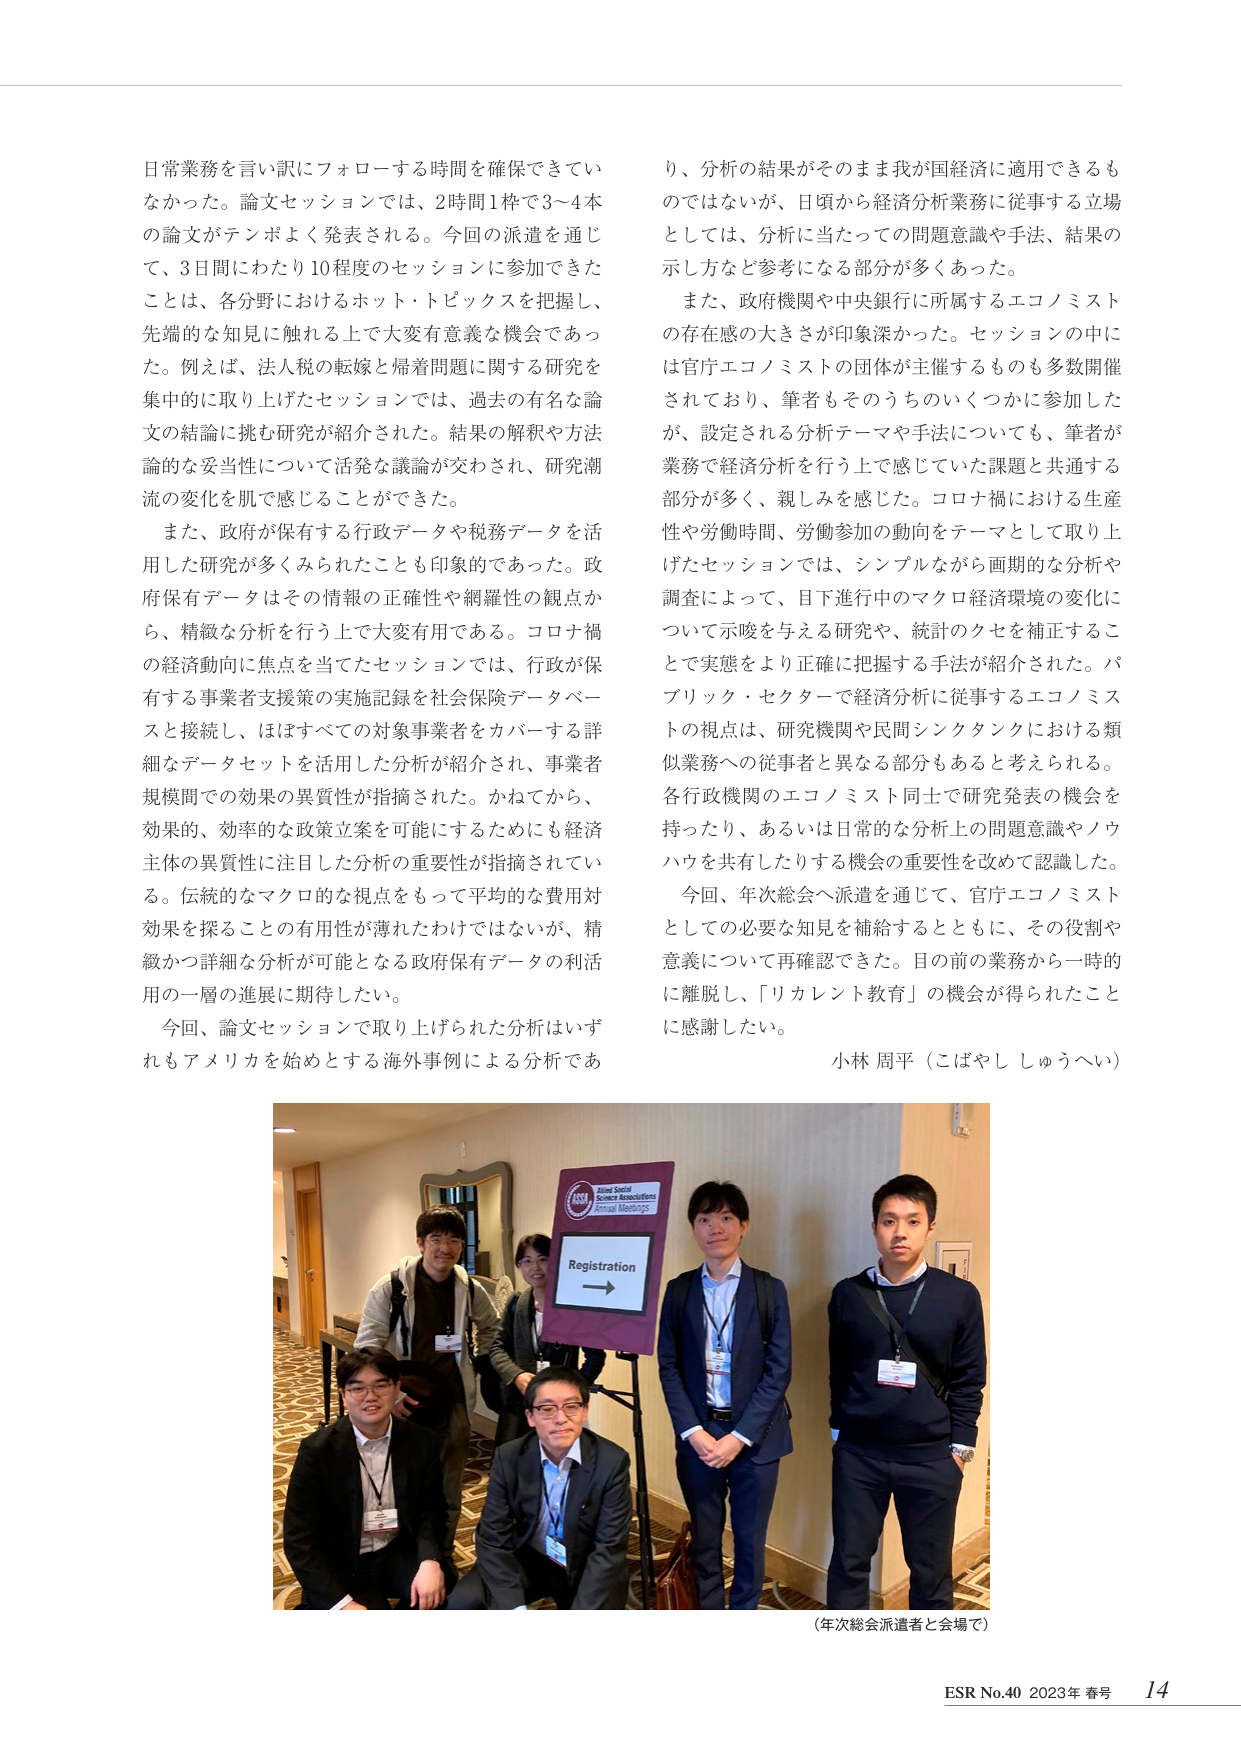
日常業務を言い訳にフォローする時間を確保できていなかった。論文セッションでは、2時間1枠で3〜4本の論文がテンポよく発表される。今回の派遣を通じて、3日間にわたり10程度のセッションに参加できたことは、各分野におけるホット・トピックスを把握し、先端的な知見に触れる上で大変有意義な機会であった。例えば、法人税の転嫁と帰着問題に関する研究を集中的に取り上げたセッションでは、過去の有名な論文の結論に挑む研究が紹介された。結果の解釈や方法論的な妥当性について活発な議論が交わされ、研究潮流の変化を肌で感じることができた。

また、政府が保有する行政データや税務データを活用した研究が多くみられたことも印象的であった。政府保有データはその情報の正確性や網羅性の観点から、精緻な分析を行う上で大変有用である。コロナ禍の経済動向に焦点を当てたセッションでは、行政が保有する事業者支援策の実施記録を社会保険データベースと接続し、ほぼすべての対象事業者をカバーする詳細なデータセットを活用した分析が紹介され、事業者規模間での効果の異質性が指摘された。かねてから、効果的、効率的な政策立案を可能にするためにも経済主体の異質性に注目した分析の重要性が指摘されている。伝統的なマクロ的な視点をもって平均的な費用対効果を探ることの有用性が薄れたわけではないが、精緻かつ詳細な分析が可能となる政府保有データの利活用の一層の進展に期待したい。

今回、論文セッションで取り上げられた分析はいずれもアメリカを始めとする海外事例による分析であ
り、分析の結果がそのまま我が国経済に適用できるものではないが、日頃から経済分析業務に従事する立場としては、分析に当たっての問題意識や手法、結果の示し方など参考になる部分が多くあった。

また、政府機関や中央銀行に所属するエコノミストの存在感の大きさが印象深かった。セッションの中には官庁エコノミストの団体が主催するものも多数開催されており、筆者もそのうちのいくつかに参加したが、設定される分析テーマや手法についても、筆者が業務で経済分析を行う上で感じていた課題と共通する部分が多く、親しみを感じた。コロナ禍における生産性や労働時間、労働参加の動向をテーマとして取り上げたセッションでは、シンプルながら画期的な分析や調査によって、目下進行中のマクロ経済環境の変化について示唆を与える研究や、統計のクセを補正することで実態をより正確に把握する手法が紹介された。パブリック・セクターで経済分析に従事するエコノミストの視点は、研究機関や民間シンクタンクにおける類似業務への従事者と異なる部分もあると考えられる。各行政機関のエコノミスト同士で研究発表の機会を持ったり、あるいは日常的な分析上の問題意識やノウハウを共有したりする機会の重要性を改めて認識した。

今回、年次総会へ派遣を通じて、官庁エコノミストとしての必要な知見を補給するとともに、その役割や意義について再確認できた。目の前の業務から一時的に離脱し、「リカレント教育」の機会が得られたことに感謝したい。

小林 周平（こばやし しゅうへい）

（年次総会派遣者と会場で）

ESR No.40 2023年 春号 14

Registration →
ASSA
Allied Social
Science Associations
Annual Meetings